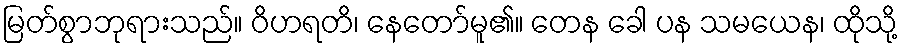
မြတ်စွာဘုရားသည်။ ဝိဟရတိ၊ နေတော်မူ၏။ တေန ခေါ ပန သမယေန၊ ထိုသို့